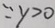
\because y > 0